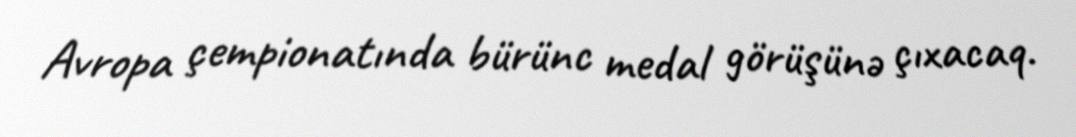
Avropa çempionatında bürünc medal görüşünə çıxacaq.